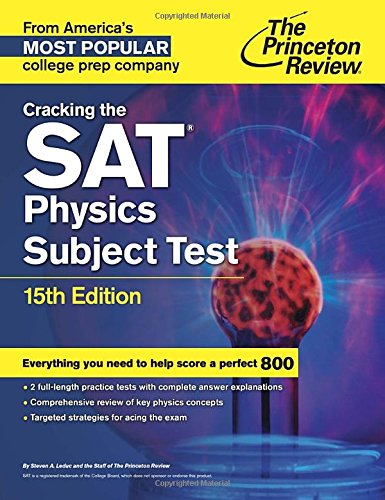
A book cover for Cracking the SAT Physics Subject Test, 15th Edition (College Test Preparation); Princeton Review; Test Preparation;